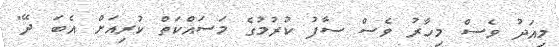
މިއަދު ވެސް މިހާރު ވެސް ސާފު ކުރުމުގެ މަސައްކަތް ކުރިއަށް އެބަ ދޭ"